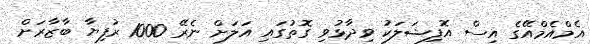
އެމްއެމްއޭގެ އިސް އޮފިޝަލަކު ވިދާޅުވި ގޮތުގައި އަލަށް ނެރޭ 1000 ރުފިޔާ ބާޒާރަށް